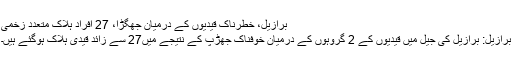
برازیل، خطرناک قیدیوں کے درمیان جھگڑا، 27 افراد ہلاک متعدد زخمی
برازیل: برازیل کی جیل میں قیدیوں کے 2 گروہوں کے درمیان خوفناک جھڑپ کے نتیجے میں27 سے زائد قیدی ہلاک ہوگئے ہیں۔